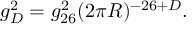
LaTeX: g _ { D } ^ { 2 } = g _ { 2 6 } ^ { 2 } ( 2 \pi R ) ^ { - 2 6 + D } .